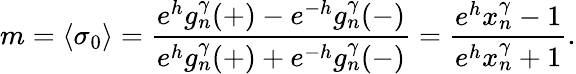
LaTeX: m=\langle\sigma_{0}\rangle=\frac{e^{h}g_{n}^{\gamma}(+)-e^{-h}g_{n}^{\gamma}(-)}{e^{h}g_{n}^{\gamma}(+)+e^{-h}g_{n}^{\gamma}(-)}=\frac{e^{h}x_{n}^{\gamma}-1}{e^{h}x_{n}^{\gamma}+1}.